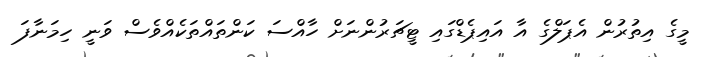
މީގެ އިތުރުން އެޕަލްގެ އާ އައިޕެޑްގައި ޓީޗަރުންނަށް ހާއްސަ ކަންތައްތަކެއްވެސް ވަނީ ހިމަނާފަ